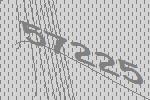
57225